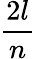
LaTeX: \frac{2l}{n}